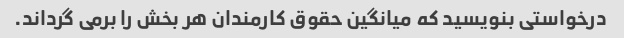
درخواستی بنویسید که میانگین حقوق کارمندان هر بخش را برمی گرداند.